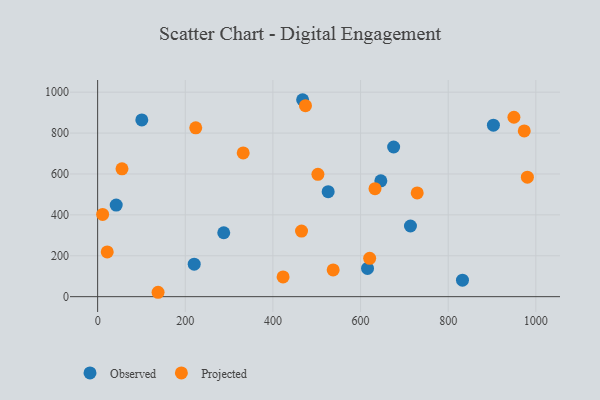
{"axis": {"x": "Study Hours", "y": "Salary"}, "legend": ["Observed", "Projected"], "data": [{"x": "646.3", "y": 566.4, "type": "Observed"}, {"x": "287.8", "y": 312.7, "type": "Observed"}, {"x": "220.4", "y": 158.7, "type": "Observed"}, {"x": "526.1", "y": 513.6, "type": "Observed"}, {"x": "675.5", "y": 731.9, "type": "Observed"}, {"x": "42.4", "y": 448.0, "type": "Observed"}, {"x": "832.6", "y": 80.7, "type": "Observed"}, {"x": "467.8", "y": 963.1, "type": "Observed"}, {"x": "100.8", "y": 864.5, "type": "Observed"}, {"x": "713.9", "y": 345.6, "type": "Observed"}, {"x": "615.9", "y": 138.2, "type": "Observed"}, {"x": "903.2", "y": 838.6, "type": "Observed"}, {"x": "55.6", "y": 625.2, "type": "Projected"}, {"x": "980.7", "y": 584.3, "type": "Projected"}, {"x": "537.5", "y": 130.6, "type": "Projected"}, {"x": "11.4", "y": 402.1, "type": "Projected"}, {"x": "729.3", "y": 507.5, "type": "Projected"}, {"x": "332.2", "y": 702.7, "type": "Projected"}, {"x": "465.3", "y": 320.6, "type": "Projected"}, {"x": "633.0", "y": 528.1, "type": "Projected"}, {"x": "973.6", "y": 810.3, "type": "Projected"}, {"x": "423.2", "y": 96.7, "type": "Projected"}, {"x": "620.8", "y": 187.7, "type": "Projected"}, {"x": "21.9", "y": 218.7, "type": "Projected"}, {"x": "474.3", "y": 934.0, "type": "Projected"}, {"x": "502.7", "y": 598.1, "type": "Projected"}, {"x": "950.0", "y": 877.5, "type": "Projected"}, {"x": "137.9", "y": 21.5, "type": "Projected"}, {"x": "223.9", "y": 825.5, "type": "Projected"}]}